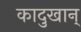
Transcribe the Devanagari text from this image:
कादुखान्